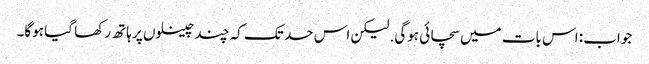
جواب: اس بات میں سچائی ہوگی. لیکن اس حد تک کہ چند چینلوں پر ہاتھ رکھا گیا ہوگا۔